Note on the mental hospitals in Burma - 1925-1940
Year: 1925
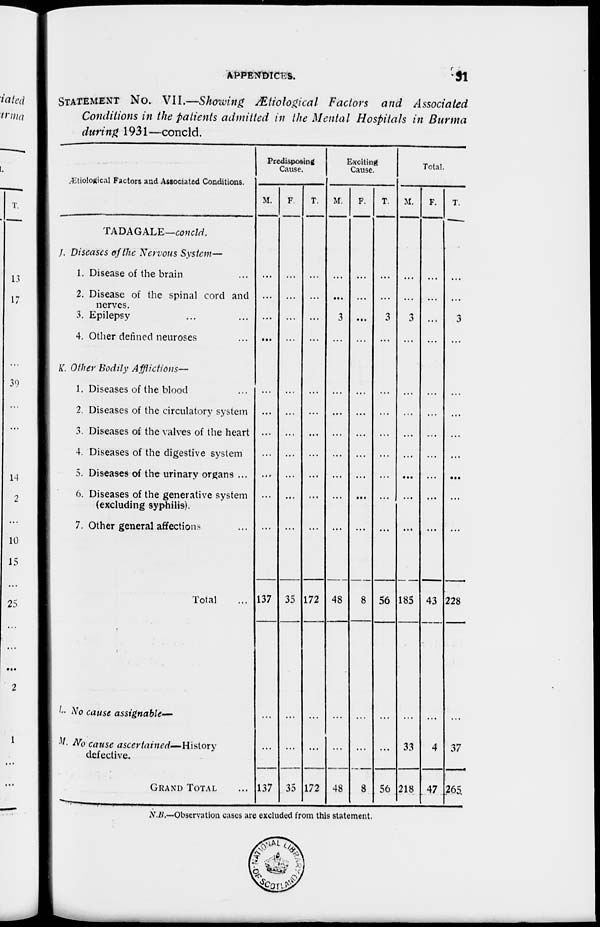
APPENDICES.
31
STATEMENT NO. VII.—Showing Ætiological Factors and Associated
Conditions in the patients admitted in the Mental Hospitals in Burma
during 1931—concld.
Ætiological Factors and Associated Conditions.
TADAGALE—concld.
J. Diseases of the Nervous System—
1. Disease of the brain ...
2. Disease of the spinal cord and
nerves.
3. Epilepsy ... ...
4. Other defined neuroses ...
K. Other Bodily Afflictions—
1. Diseases of the blood ...
2. Diseases of the circulatory system
3. Diseases of the valves of the heart
4. Diseases of the digestive system
5. Diseases of the urinary organs ...
6. Diseases of the generative system
(excluding syphilis).
7. Other general affections ...
Total ...
L. No cause assignable—
M. No cause ascertained—History
defective.
GRAND TOTAL ...
Predisposing
Cause.
M.
...
...
...
...
...
...
...
...
...
...
...
137
...
137
F.
...
...
...
...
...
...
...
...
...
...
...
35
...
35
T.
...
...
...
...
...
...
...
...
...
...
...
172
...
172
Exciting
Cause.
M.
...
...
3
...
...
...
...
...
...
...
...
48
...
48
F.
...
...
...
...
...
...
...
...
...
...
...
8
...
8
T.
...
...
3
...
...
...
...
...
...
...
...
56
...
56
Total.
M.
...
...
3
...
...
...
...
...
...
...
...
185
33
218
F.
...
...
...
...
...
...
...
...
...
...
...
43
4
47
T.
...
...
3
...
...
...
...
...
...
...
...
228
37
265
N.B.—Observation cases are excluded from this statement.